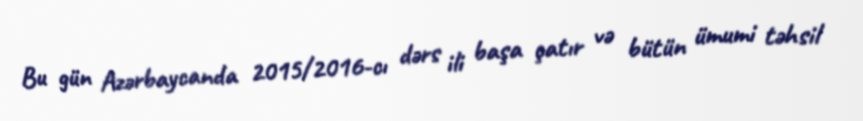
Bu gün Azərbaycanda 2015/2016-cı dərs ili başa çatır və bütün ümumi təhsil